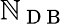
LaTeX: \mathbb{N}_{\mathrm{{~D~B~}}}